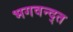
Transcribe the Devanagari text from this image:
भगवन्द्त